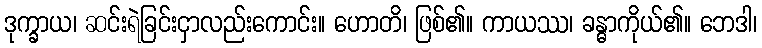
ဒုက္ခာယ၊ ဆင်းရဲခြင်းငှာလည်းကောင်း။ ဟောတိ၊ ဖြစ်၏။ ကာယဿ၊ ခန္ဓာကိုယ်၏။ ဘေဒါ၊